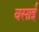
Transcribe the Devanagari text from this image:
वसाई